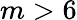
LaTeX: m>6